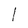
Character: l